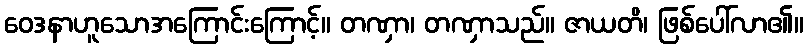
ဝေဒနာဟူသောအကြောင်းကြောင့်။ တဏှာ၊ တဏှာသည်။ ဇာယတိ၊ ဖြစ်ပေါ်လာ၏။